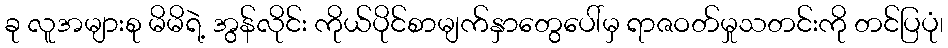
ခု လူအများစု မိမိရဲ့ အွန်လိုင်း ကိုယ်ပိုင်စာမျက်နှာတွေပေါ်မှ ရာဇဝတ်မှုသတင်းကို တင်ပြပုံ၊